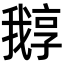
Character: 𡦛